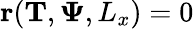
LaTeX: \mathbf{r}(\mathbf{T},\mathbf{\Psi},L_{x})=0